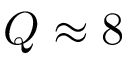
Q \approx 8